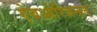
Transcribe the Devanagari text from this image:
ऐबओरिजनल